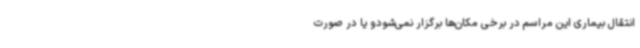
انتقال بیماری این مراسم در برخی مکان‌ها برگزار نمی‌شودو یا در صورت